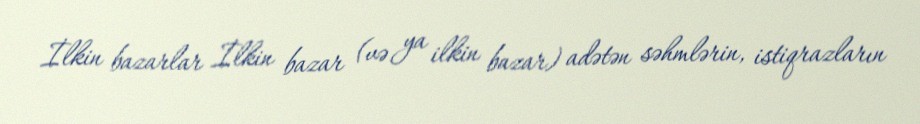
İlkin bazarlar İlkin bazar (və ya ilkin bazar) adətən səhmlərin, istiqrazların